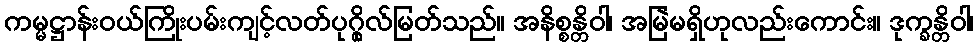
ကမ္မဋ္ဌာန်းဝယ်ကြိုးပမ်းကျင့်လတ်ပုဂ္ဂိုလ်မြတ်သည်။ အနိစ္စန္တိဝါ၊ အမြဲမရှိဟုလည်းကောင်း။ ဒုက္ခန္တိဝါ၊